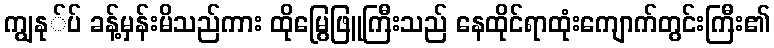
ကျွနု်ပ် ခန့်မှန်းမိသည်ကား ထိုမြွေဖြူကြီးသည် နေထိုင်ရာထုံးကျောက်တွင်းကြီး၏